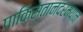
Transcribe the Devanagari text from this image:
पाकिस्तानदरम्यान